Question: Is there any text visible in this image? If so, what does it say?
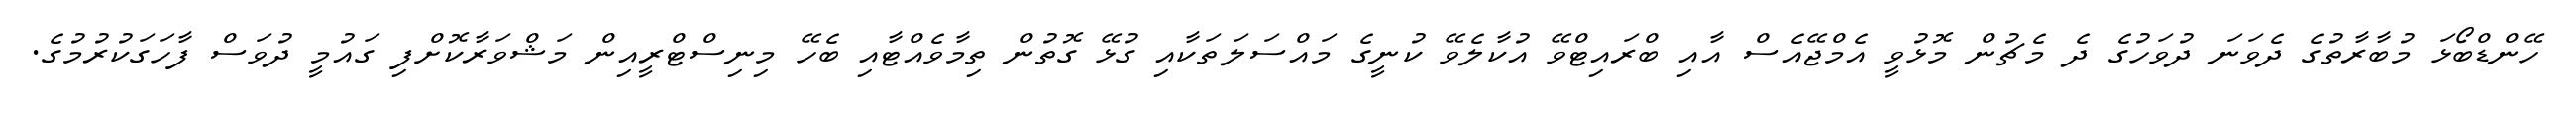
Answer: ހޭންޑްބޯޅަ މުބާރާތުގެ ދެވަނަ ދުވަހުގެ ދެ މެޗުން މޮޅުވީ އެމްޖޭއެސް އާއި ބްރައިޓްވޭ އުކާލެވޭ ކުނީގެ މައްސަލަތަކާއި ގުޅޭ ގޮތުން ތިމާވެއްޓާއި ބެހޭ މިނިސްޓްރީއިން މަޝްވަރާކޮށްފި ގައުމީ ދުވަސް ފާހަގަކުރުމުގެ.